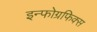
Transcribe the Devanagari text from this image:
इन्फोग्रफिक्स